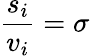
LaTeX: {\frac{s_{i}}{v_{i}}}=\sigma